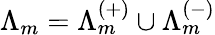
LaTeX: \Lambda_{m}=\Lambda_{m}^{(+)}\cup\Lambda_{m}^{(-)}